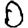
Digit: 0